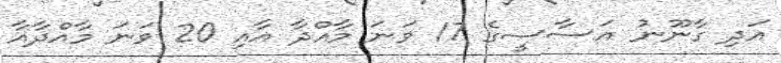
އަދި ގާނޫނު އަސާސީގެ 17 ވަނަ މާއްދާ އާއި 20 ވަނަ މާއްދާއާ